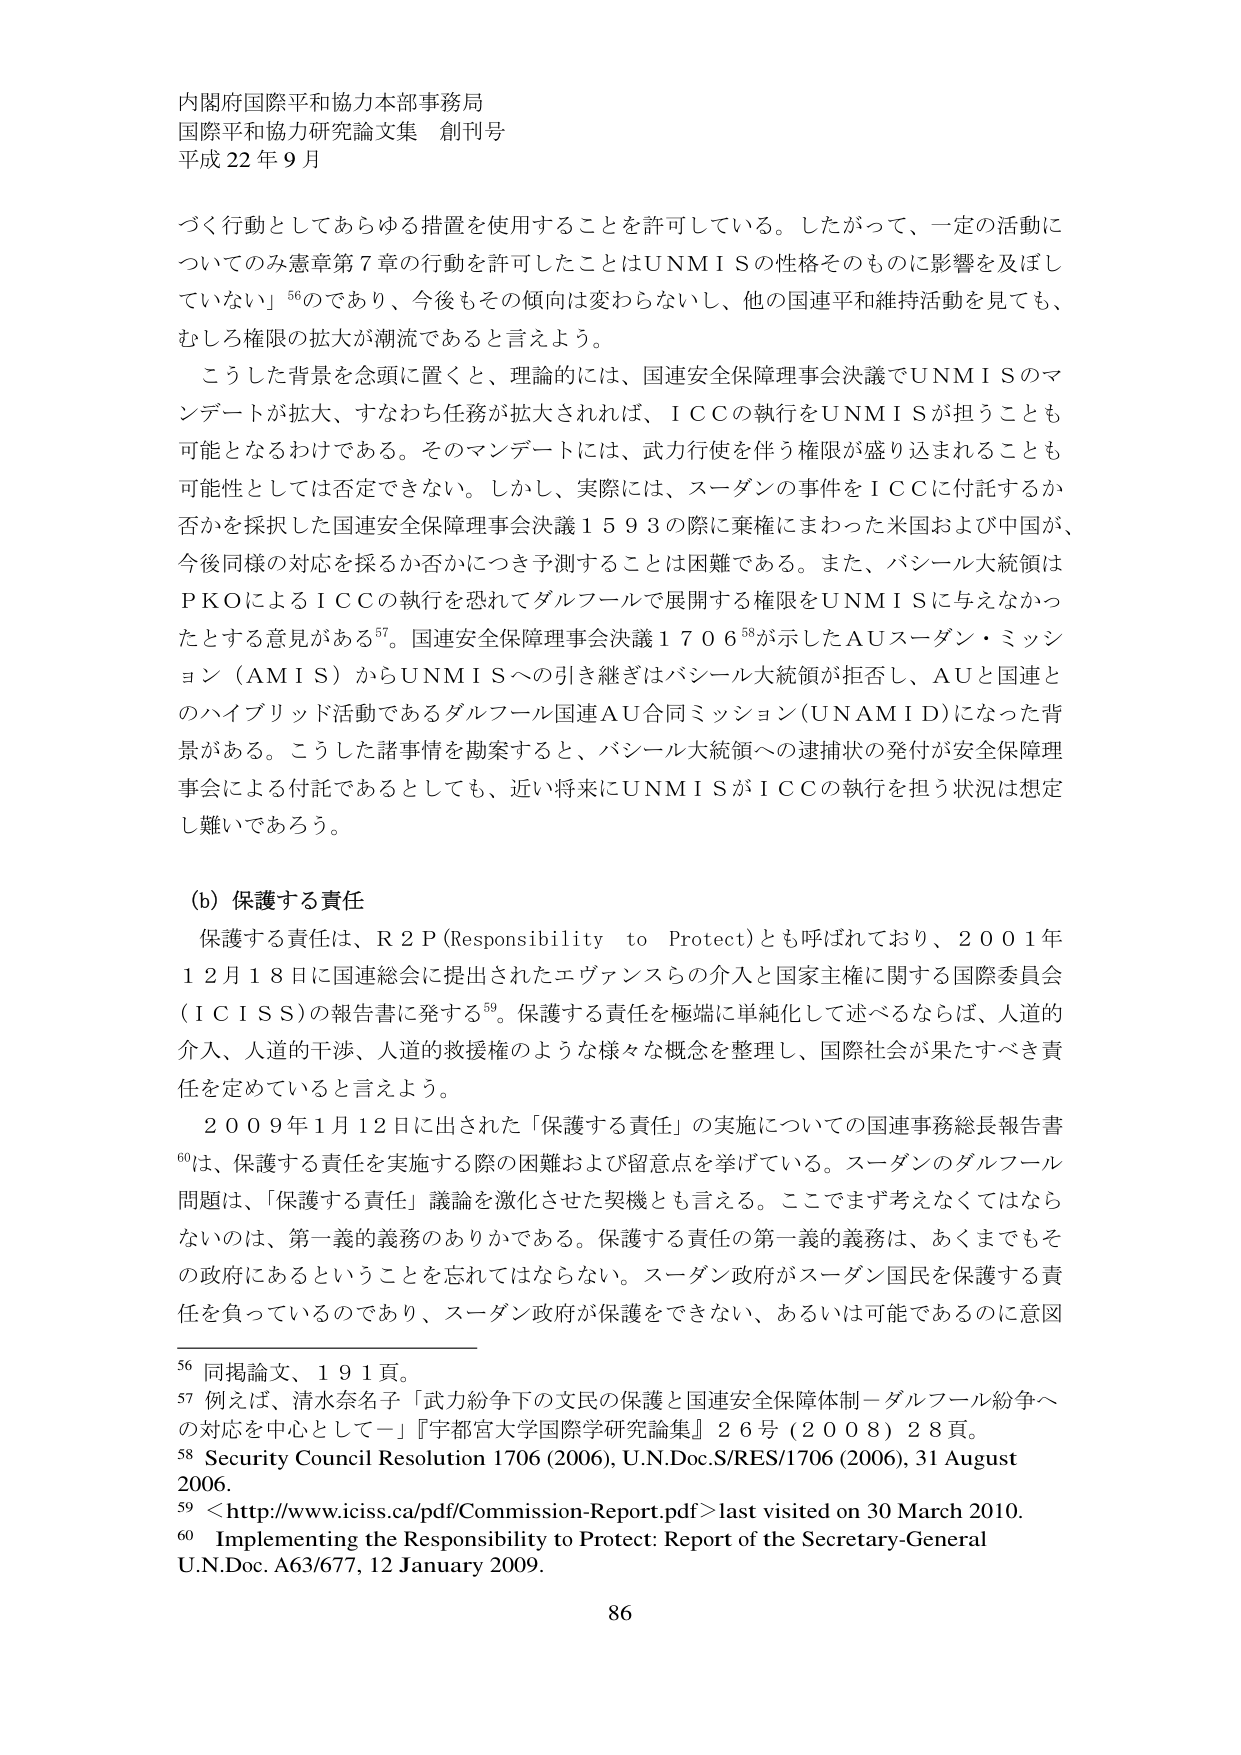
内閣府国際平和協力本部事務局
国際平和協力研究論文集 創刊号
平成22年9月

づく行動としてあらゆる措置を使用することを許可している。したがって、一定の活動についてのみ憲章第7章の行動を許可したことはUNMISの性格そのものに影響を及ぼしていない」56であり、今後もその傾向は変わらないし、他の国連平和維持活動を見ても、むしろ権限の拡大が潮流であると言えよう。

こうした背景を念頭に置くと、理論的には、国連安全保障理事会決議でUNMISのマンデートが拡大、すなわち任務が拡大されれば、ICCの執行をUNMISが担うことも可能となるわけである。そのマンデートには、武力行使を伴う権限が盛り込まれることも可能性としては否定できない。しかし、実際には、スーダンの事件をICCに付託するか否かを採択した国連安全保障理事会決議1593の際に棄権にまわった米国および中国が、今後同様の対応を採るか否かにつき予測することは困難である。また、バシール大統領はPKOによるICCの執行を恐れてダルフールで展開する権限をUNMISに与えなかったとする意見がある57。国連安全保障理事会決議170658が示したAUスーダン・ミッション（AMIS）からUNMISへの引き継ぎはバシール大統領が拒否し、AUと国連とのハイブリッド活動であるダルフール国連AU合同ミッション（UNAMID）になった背景がある。こうした諸事情を勘案すると、バシール大統領への逮捕状の発付が安全保障理事会による付託であるとしても、近い将来にUNMISがICCの執行を担う状況は想定し難いであろう。

(b) 保護する責任
保護する責任は、R2P（Responsibility to Protect）とも呼ばれており、2001年12月18日に国連総会に提出されたエヴァンスらの介入と国家主権に関する国際委員会（ICISS）の報告書に発する59。保護する責任を極端に単純化して述べるならば、人道的介入、人道的干渉、人道的救援権のような様々な概念を整理し、国際社会が果たすべき責任を定めていると言えよう。

2009年1月12日に出された「保護する責任」の実施についての国連事務総長報告書60は、保護する責任を実施する際の困難および留意点を挙げている。スーダンのダルフール問題は、「保護する責任」議論を激化させた契機とも言える。ここでまず考えなくてはならないのは、第一義的義務のありかである。保護する責任の第一義的義務は、あくまでもその政府にあるということを忘れてはならない。スーダン政府がスーダン国民を保護する責任を負っているのであり、スーダン政府が保護をできない、あるいは可能であるのに意図

56 同掲論文、191頁。
57 例えば、清水奈名子「武力紛争下の文民の保護と国連安全保障体制－ダルフール紛争への対応を中心として－」『宇都宮大学国際学研究論集』26号（2008）28頁。
58 Security Council Resolution 1706 (2006), U.N.Doc.S/RES/1706 (2006), 31 August 2006.
59 <http://www.iciss.ca/pdf/Commission-Report.pdf> last visited on 30 March 2010.
60 Implementing the Responsibility to Protect: Report of the Secretary-General U.N.Doc. A63/677, 12 January 2009.

86